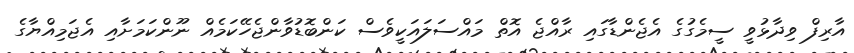
އާރިފް ވިދާޅުވީ ސީމެގުގެ އެޖެންޑާގައި ރާއްޖެ އޮތް މައްސަލައަކީވެސް ކަންބޮޑުވާންޖެހޭކަމެއް ނޫންކަމަށާއި އެޖަމިއްޔާގެ